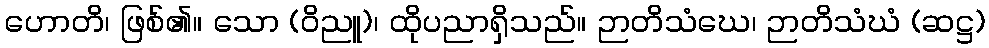
ဟောတိ၊ ဖြစ်၏။ သော (ဝိညူ)၊ ထိုပညာရှိသည်။ ဉာတိသံဃေ၊ ဉာတိသံဃံ (ဆဋ္ဌ)